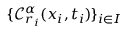
\{ \mathcal { C } _ { r _ { i } } ^ { \alpha } ( x _ { i } , t _ { i } ) \} _ { i \in I }